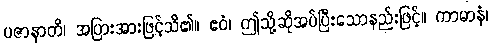
ပဇာနာတိ၊ အပြားအားဖြင့်သိ၏။ ဧဝံ၊ ဤသို့ဆိုအပ်ပြီးသောနည်းဖြင့်။ ကာမာနံ၊